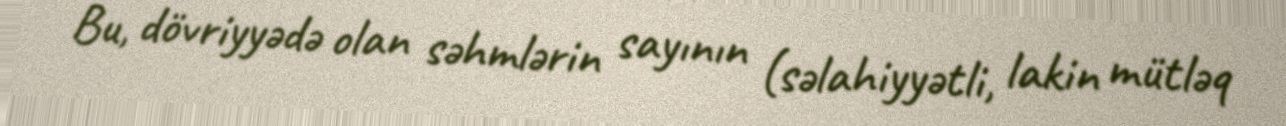
Bu, dövriyyədə olan səhmlərin sayının (səlahiyyətli, lakin mütləq